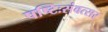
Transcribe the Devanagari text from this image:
षष्टिःसंवत्सर